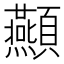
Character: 𮨤